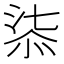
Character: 𣶾